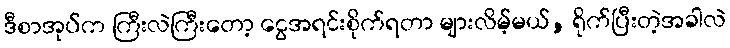
ဒီစာအုပ်က ကြီးလဲကြီးတော့ ငွေအရင်းစိုက်ရတာ များလိမ့်မယ်, ရိုက်ပြီးတဲ့အခါလဲ